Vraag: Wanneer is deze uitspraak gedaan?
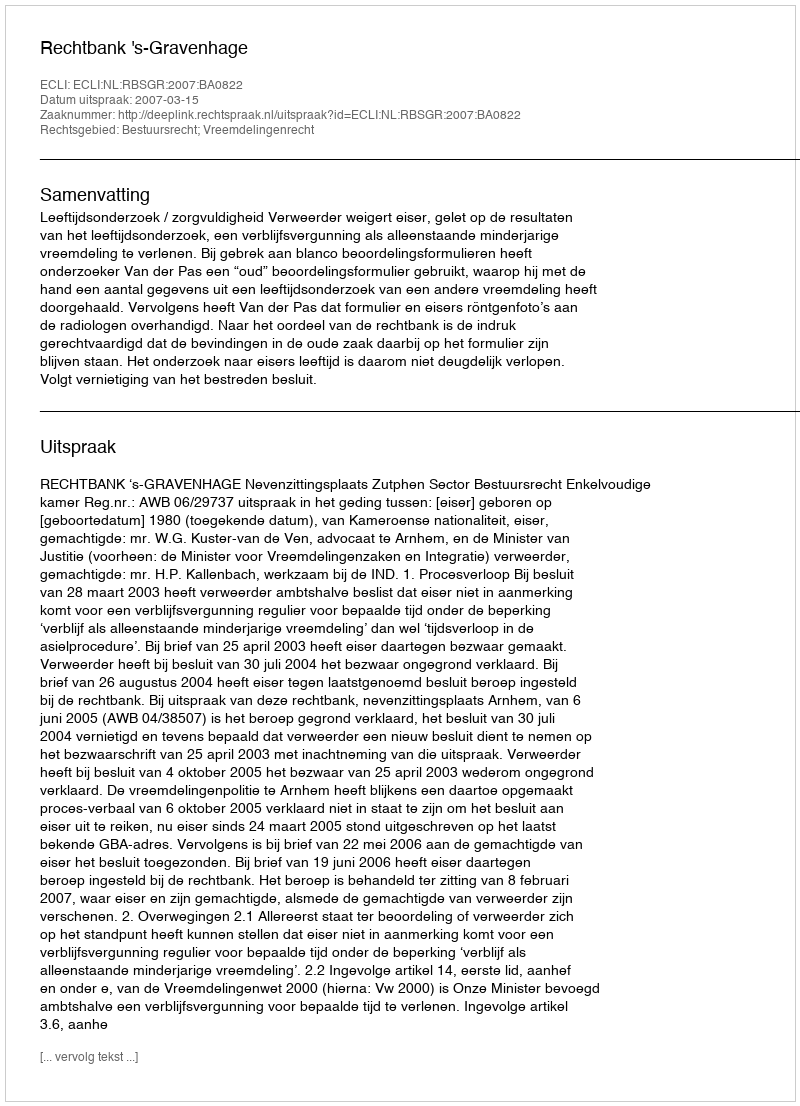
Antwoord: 2007-03-15